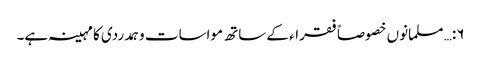
۶:… مسلمانوں خصوصاً فقراء کے ساتھ مواسات وہمدردی کا مہینہ ہے۔